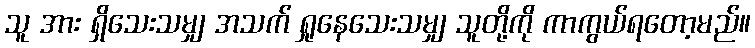
သူ အား ရှိသေးသမျှ အသက် ရှုနေသေးသမျှ သူတို့ကို ကာကွယ်ရတော့မည်။